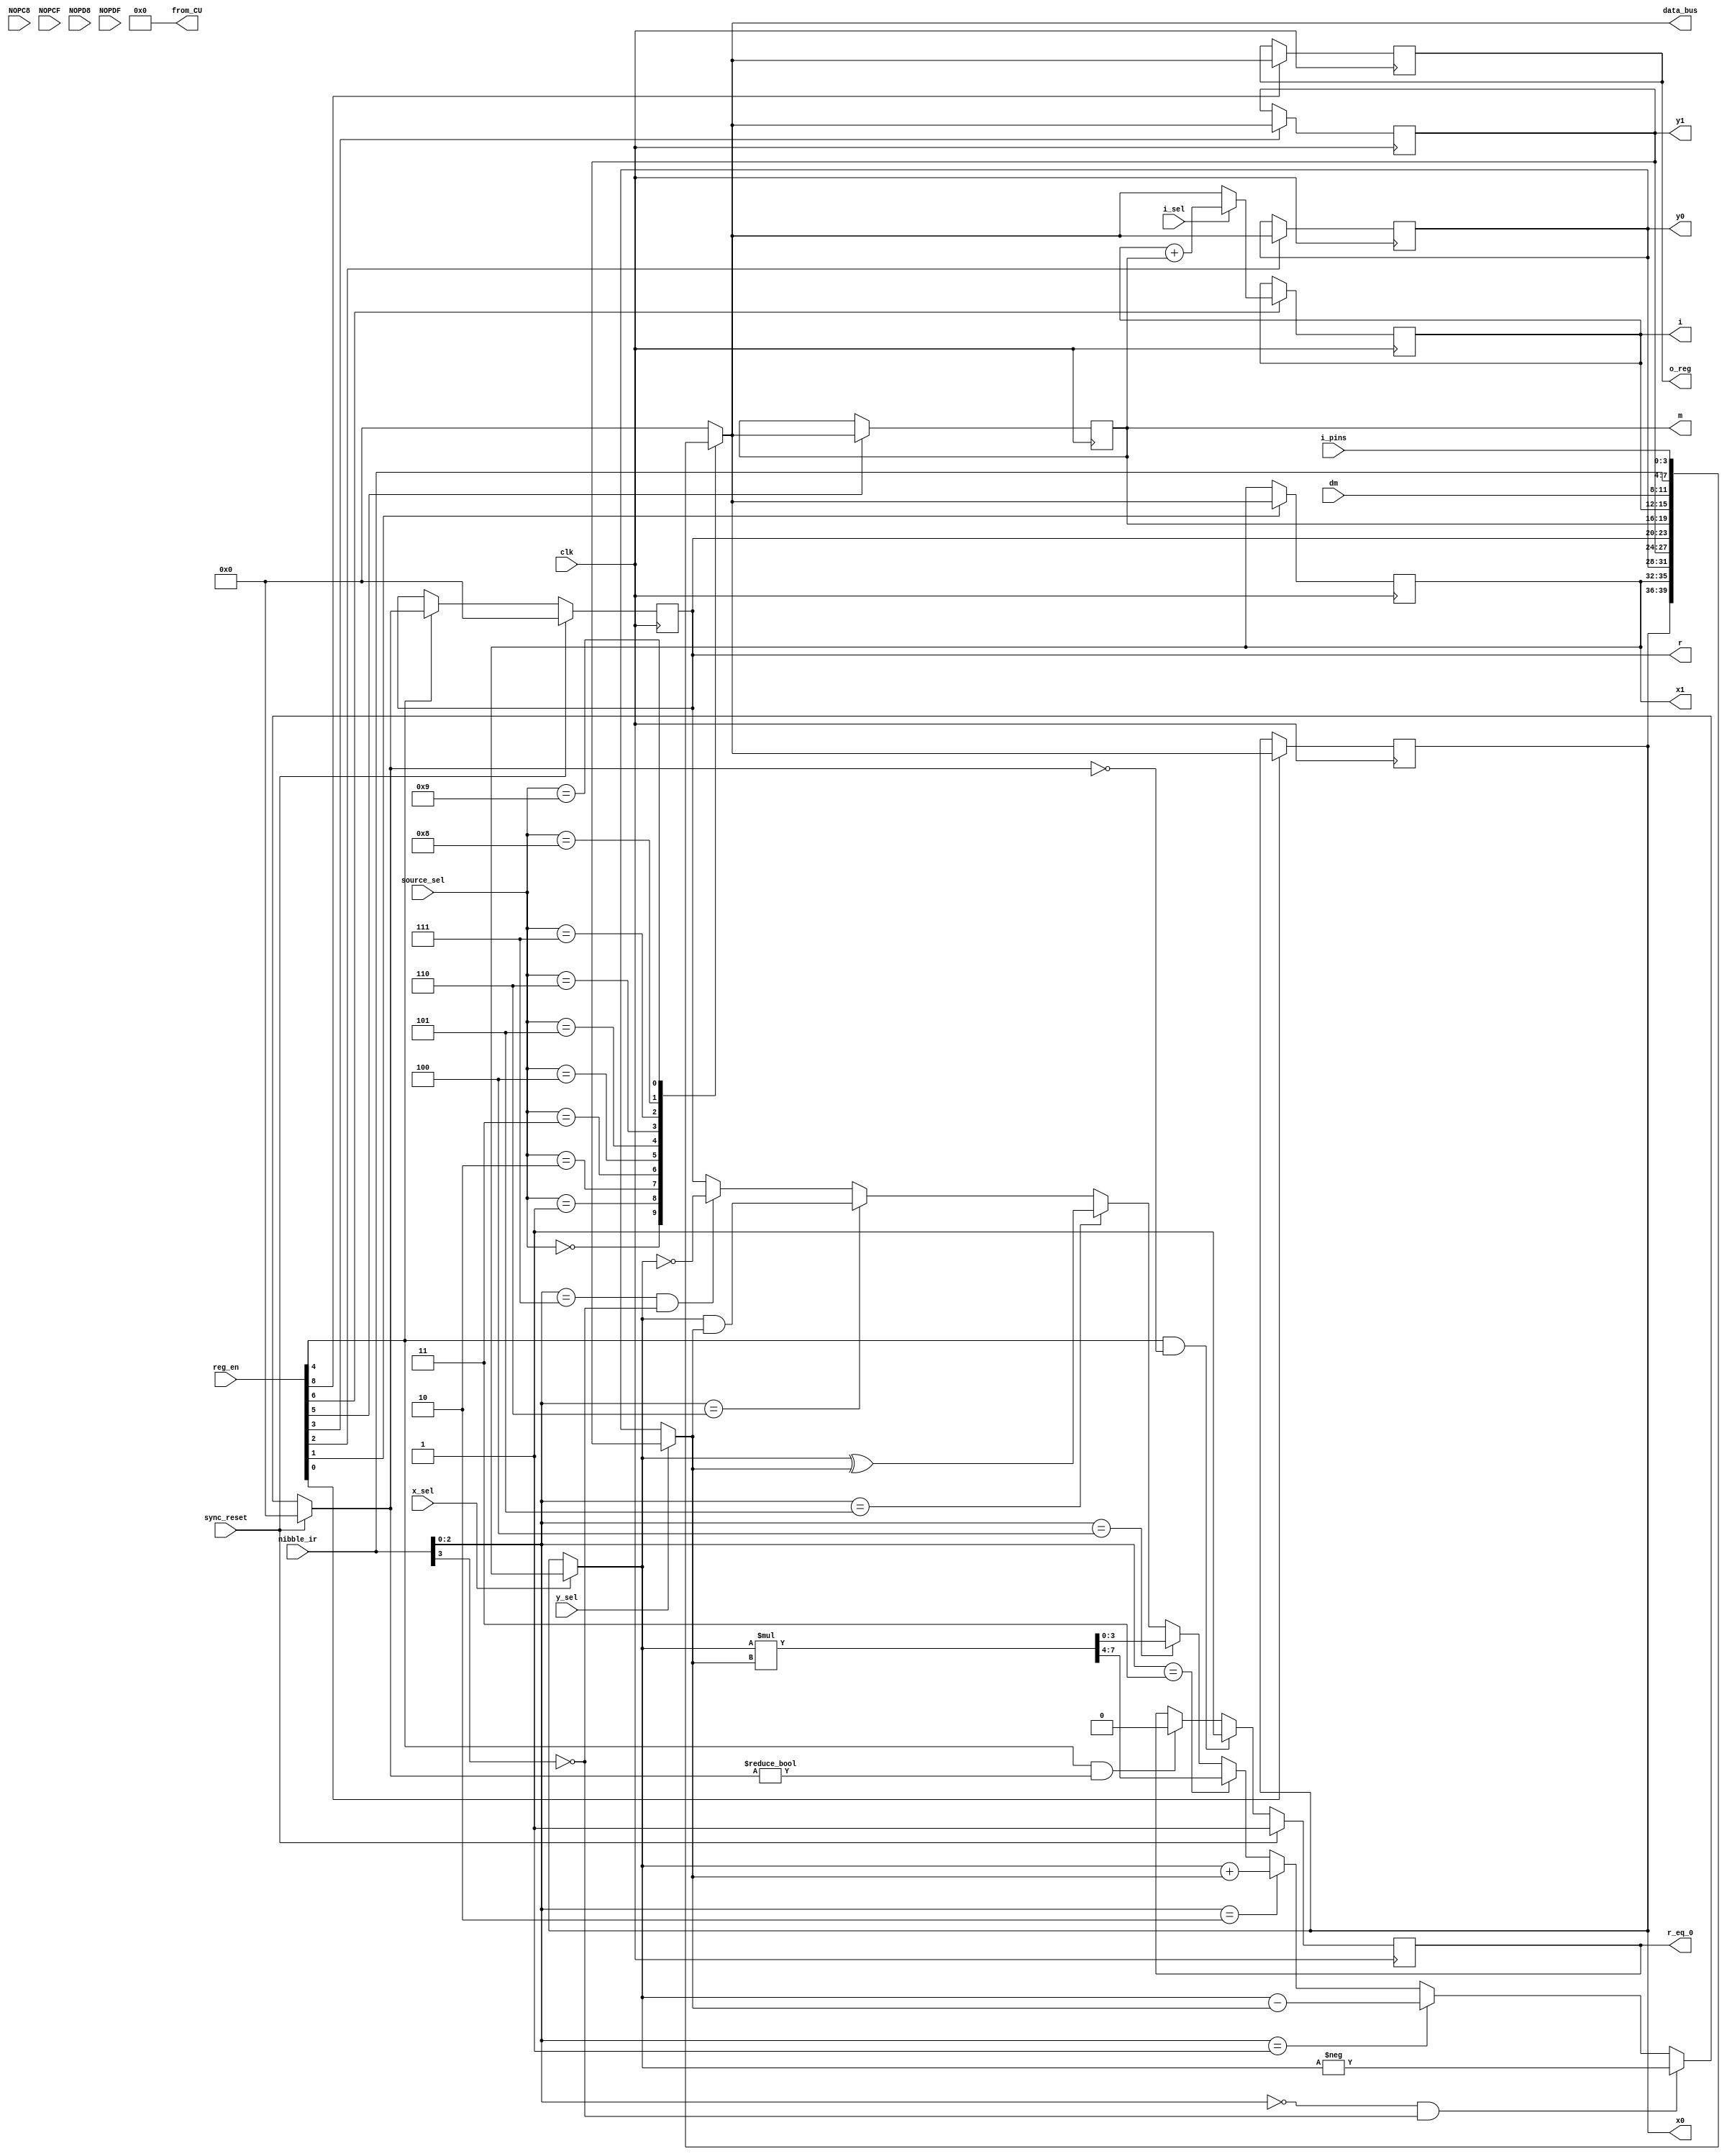
module computational_unit(
	input clk, sync_reset,		
	input i_sel, y_sel, x_sel,							// iyx_mux_selects
	input [3:0] source_sel, nibble_ir, i_pins, dm,		// source_select, LS_nibble_ir, i_pins, dm
	input [8:0] reg_en,									// reg_enables

	input NOPC8, NOPCF, NOPD8, NOPDF,

	output reg r_eq_0,									// zero_flag
	output reg [3:0] o_reg, i, data_bus,				//o_reg, data_mem_addr, data_bus
	output reg [3:0] x0, x1, y0, y1, m, r,

	output reg [7:0] from_CU					
);

reg [3:0] pm_data; 										// 4 bit primary data

always @ (*)
	from_CU <= 8'H00;
	//from_CU <= {x1, x0};

always @ (*)
	pm_data <= nibble_ir;

// ************************** x0 ************************** 
always @ (posedge clk)
if (reg_en[0] == 1'b1)
	x0 <= data_bus;
else
	x0 <= x0;

// ************************** x1 ************************** 
always @ (posedge clk)
if (reg_en[1] == 1'b1)
	x1 <= data_bus;
else
	x1 <= x1;

// ************************** y0 **************************
always @ (posedge clk)
if (reg_en[2] == 1'b1)
	y0 <= data_bus;
else
	y0 <= y0;

// ************************** y1 **************************
always @ (posedge clk)
if (reg_en[3] == 1'b1)
	y1 <= data_bus;
else
	y1 <= y1;

// ************************** m **************************
always @ (posedge clk)
if (reg_en[5] == 1'b1)
	m <= data_bus;
else
	m <= m;

// ************************** i **************************
always @ (posedge clk)
if (reg_en[6] == 1'b1)
	if (i_sel == 1'b0) 
		i <= data_bus;
	else 
		i <= i + m;
else
	i <= i;

// ************************** o_reg **************************
always @ (posedge clk)
if (reg_en[8]==1'b1)
	o_reg <= data_bus;
else
	o_reg <= o_reg;

// ************************** data_bus **************************
always @ (*)
	case(source_sel)
	// data registers
		4'd00: data_bus <= x0;		
		4'b01: data_bus <= x1;		
		4'd02: data_bus <= y0;		
		4'd03: data_bus <= y1;	
	// result registers
		4'd04: data_bus <= r;
	// data registers
		4'd05: data_bus <= m;			
		4'd06: data_bus <= i;	
	// data memory input	
		4'd07: data_bus <= dm;		
		4'd08: data_bus <= pm_data;	
		4'd09: data_bus <= i_pins;	
		default: data_bus <= 4'h0;	
	endcase

// ************************** ALU instruction **************************
reg [2:0] alu_func;
reg [3:0] alu_out;  
reg [3:0] x, y;
reg [7:0] x_mul_y; 

always @ (*)
	alu_func <= nibble_ir[2:0];

always @ (*)
	if (x_sel == 1'b0) 
		x <= x0;
	else x <= x1;

always @ (*)
	if(y_sel == 1'b0)
		y <= y0;
	else y <= y1;

always @ (*)
	x_mul_y <= x * y;

always @ (*)
	if (sync_reset == 1'b1)
		alu_out <= 4'b0;				
	//2's compliment of x 
	else if ((alu_func == 3'b0) && (nibble_ir[3] == 1'b0))
		alu_out <= -x;			
	// r=x-y	
	else if (alu_func == 3'b001)
		alu_out <= x - y;		
	// r=x+y	
	else if (alu_func == 3'b010)
		alu_out <= x + y;		
	// r=x*y	
	else if (alu_func == 3'b011)
		alu_out <= x_mul_y[7:4];	
	else if (alu_func == 3'b100)
		alu_out <= x_mul_y[3:0];
	// r=x^y
	else if (alu_func == 3'b101)
		alu_out <= x ^ y;			
	// r=x&y	
	else if (alu_func == 3'b110)
		alu_out <= x & y;			
	// 1's compliment of x
	else if ((alu_func == 3'b111) && (nibble_ir[3] == 1'b0))
		alu_out <= ~x;					
	else if ((alu_func == 3'b000) && (nibble_ir[3] == 1'b1))
		alu_out <= r;		// NOP instr
	else if ((alu_func == 3'b111) && (nibble_ir[3] == 1'b1))
		alu_out <= r;		// NOP instr
	else
		alu_out <= r;


// ************************** r **************************
always @ (posedge clk)
	if (sync_reset == 1'b1)
		r <= 4'd0;
	else if (reg_en[4] == 1'b1)
		r <= alu_out;
	else
		r <= r;

always @ (posedge clk)
	if (sync_reset == 1'b1)
		r_eq_0 <= 1'b1;
	else if ((reg_en[4] == 1'b1) && (alu_out == 4'd0))
		r_eq_0 <= 1'b1;
	else if ((reg_en[4] == 1'b1) && (alu_out != 4'd0))
		r_eq_0 <= 1'b0;
	else
		r_eq_0 <= r_eq_0;

endmodule